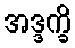
အဒ္ဒက္ခိ